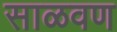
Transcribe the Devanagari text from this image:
साळवण